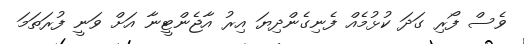
ވެސް ފޯރި ގަދަ ކުޅުމެއް ފެނިގެންދިޔަ އިރު އާޖެންޓީނާ އަށް ވަނީ ފުރަތަމަ